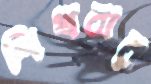
শিখবার